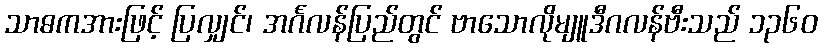
သာဓကအားဖြင့် ပြလျှင်၊ အင်္ဂလန်ပြည်တွင် ဗာသောလိုမျူဒီဂလန်ဗီးသည် ၁၃၆၀